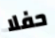
حفلا